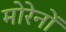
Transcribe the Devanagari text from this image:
मोरेनों